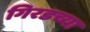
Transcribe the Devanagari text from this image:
गिरडच्या